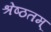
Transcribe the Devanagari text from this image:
श्रेष्ठतम्